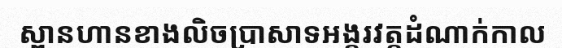
ស្ពានហានខាងលិចប្រាសាទអង្គរវត្តដំណាក់កាល